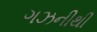
ગઝનીથી